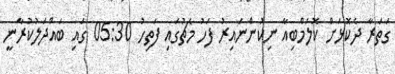
ގަތަރާ ދެކޮޅަށް ކޮލަމްބިއާ ނިކުންނައިރު ފަހު މެޗުގައި ފަތިހު 05:30 ގައި ބައްދަލުކުރާނީ